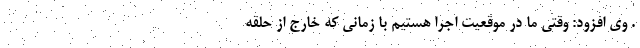
. وی افزود: وقتی ما در موقعیت اجرا هستیم با زمانی که خارج از حلقه